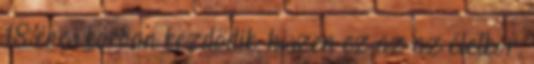
18 éves korban kezdődik, hiszen ez az az életkor,